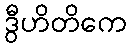
ဒွီဟိတိကေ